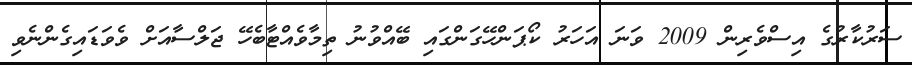
ސަރުކާރުގެ އިސްވެރިން 2009 ވަނަ އަހަރު ކޯޕަންހޭގަންގައި ބޭއްވުނު ތިމާވެއްޓާބެހޭ ޖަލްސާއަށް ވެވަޑައިގެންނެވި